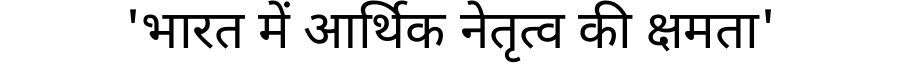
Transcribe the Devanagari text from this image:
'भारत में आर्थिक नेतृत्व की क्षमता'